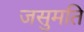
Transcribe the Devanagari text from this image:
जसुमति